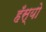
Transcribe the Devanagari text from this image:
हँस्‍यो